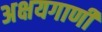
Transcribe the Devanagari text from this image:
अक्षयगाणी